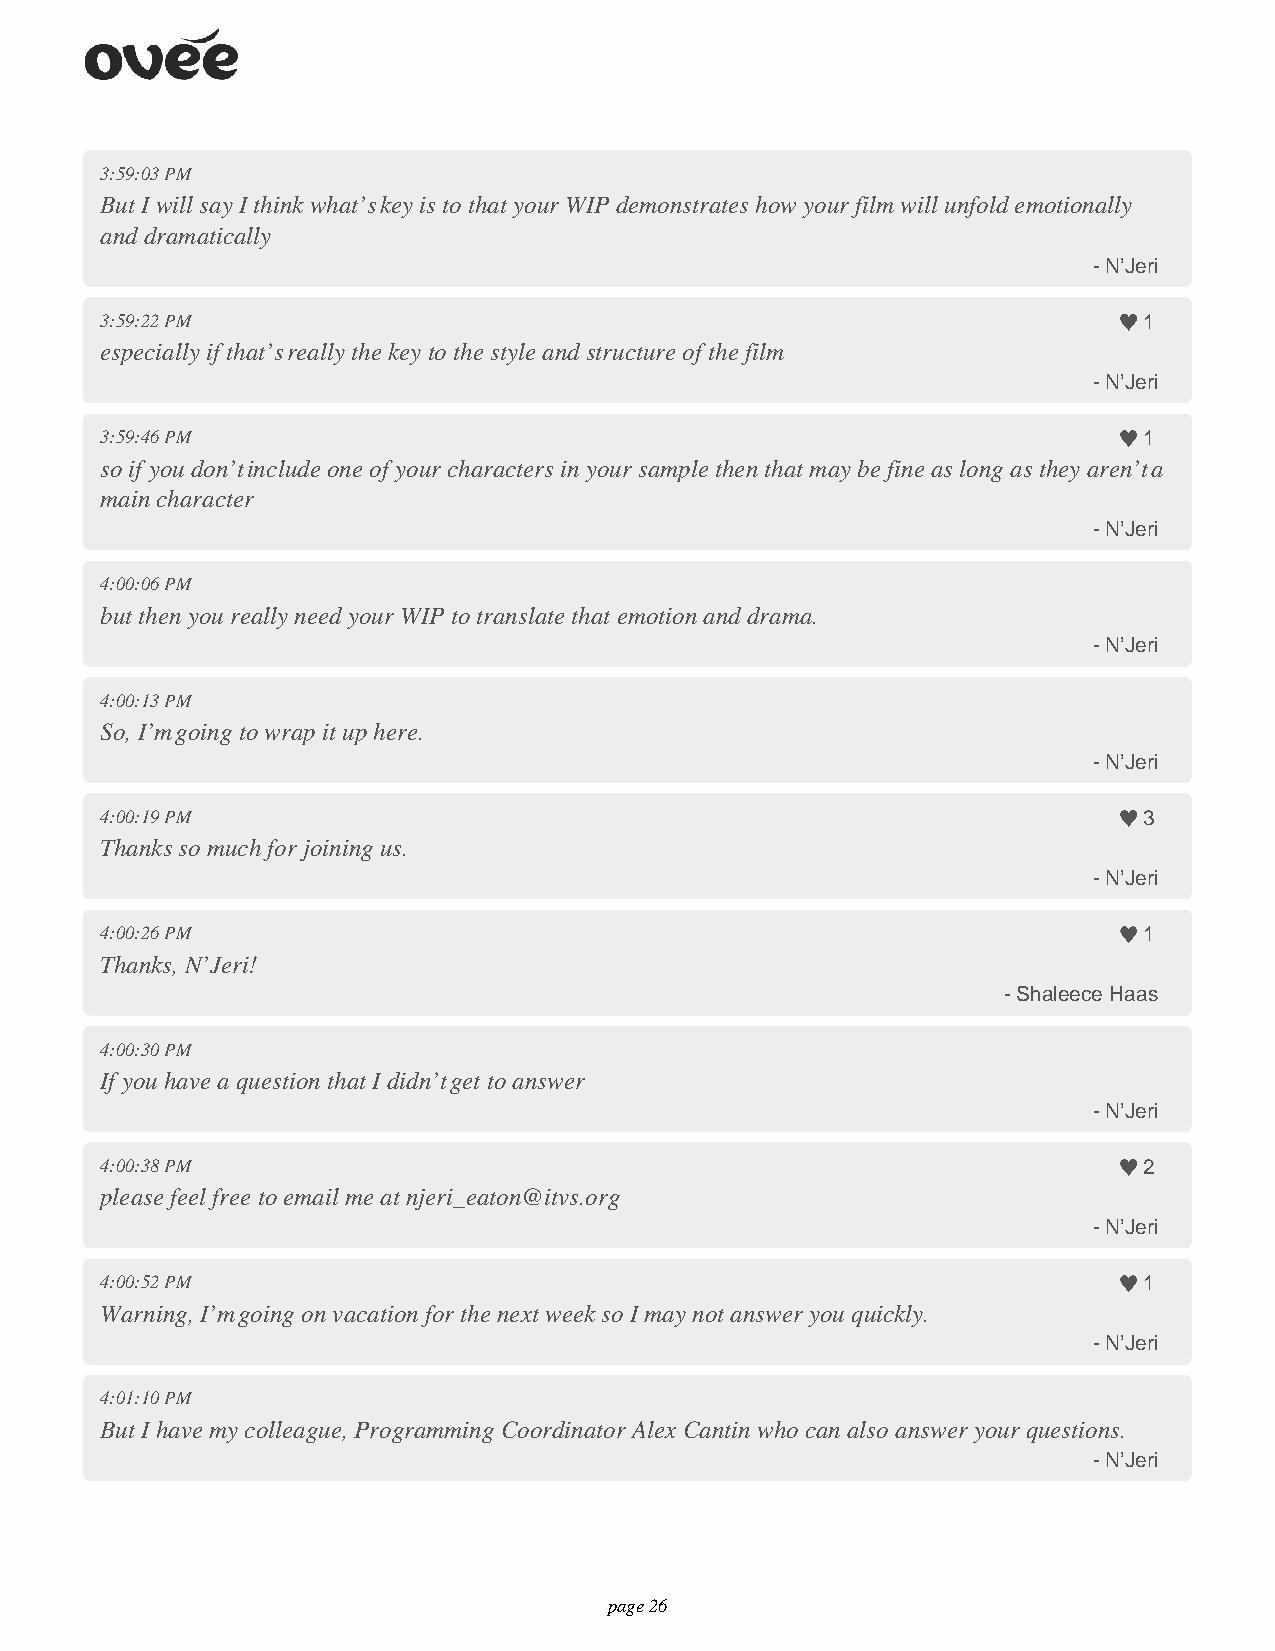
3:59:03 PM
 But I will say I think what’s key is to that your WIP demonstrates how your film will unfold emotionally
 and dramatically
 - N’Jeri
 3:59:22 PM                                                           1
 especially if that’s really the key to the style and structure of the film
 - N’Jeri
 3:59:46 PM                                                           1
 so if you don’t include one of your characters in your sample then that may be fine as long as they aren’t a
 main character
 - N’Jeri
 4:00:06 PM
 but then you really need your WIP to translate that emotion and drama.
 - N’Jeri
 4:00:13 PM
 So, I’m going to wrap it up here.
 - N’Jeri
 4:00:19 PM                                                           3
 Thanks so much for joining us.
 - N’Jeri
 4:00:26 PM                                                           1
 Thanks, N’Jeri!
 - Shaleece Haas
 4:00:30 PM
 If you have a question that I didn’t get to answer
 - N’Jeri
 4:00:38 PM                                                           2
 please feel free to email me at njeri_eaton@itvs.org
 - N’Jeri
 4:00:52 PM                                                           1
 Warning, I’m going on vacation for the next week so I may not answer you quickly.
 - N’Jeri
 4:01:10 PM
 But I have my colleague, Programming Coordinator Alex Cantin who can also answer your questions.
 - N’Jeri
 page 26